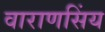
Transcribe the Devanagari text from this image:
वाराणसिंय